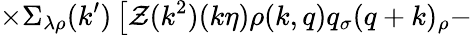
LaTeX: \times\Sigma_{\lambda\rho}(k^{\prime})\left[\mathcal{Z}(k^{2})(k\eta)\rho(k,q)q_{\sigma}(q+k)_{\rho}\right.-